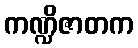
ကဏ္ဍိဇာတက